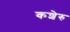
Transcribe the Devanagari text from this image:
कशेरु